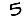
Digit: 5